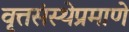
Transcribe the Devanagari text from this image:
वृत्तसंस्थेप्रमाणे